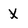
Character: X